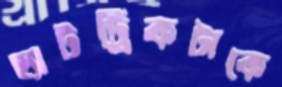
হ্যাটট্রিকটাকে